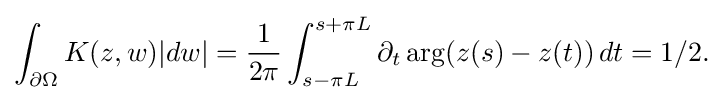
\displaystyle {\int _{\partial \Omega }K(z,w)|dw|={1 \over 2\pi }\int _{s-\pi L}^{s+\pi L}\partial _{t}\arg(z(s)-z(t))\,dt=1/2.}